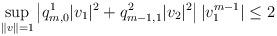
LaTeX: \begin{align*}\sup_{\|v\|=1}\left|q_{m,0}^1 |v_1|^2+q_{m-1,1}^2|v_2|^2\right||v_1^{m-1}| \leq 2\end{align*}